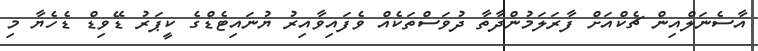
އާސެނަލްއިން ޗެކްއަށް ފާރަލަމުންދާތާ ދުވަސްތަކެއް ވެފައިވާއިރު ޔުނައިޓެޑްގެ ކީޕަރު ޑޭވިޑް ޑެހެޔާ މި